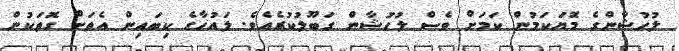
ލުހުޝާންގެ މޮޔަކަމުން ކަމަށް ވެސް ލުހުޝާން ގަބޫލުކުރެއެވެ. ލައުހާގެ ކިބައިން އެތަށް ގޮތަކުން